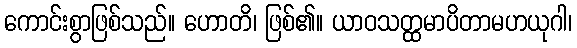
ကောင်းစွာဖြစ်သည်။ ဟောတိ၊ ဖြစ်၏။ ယာဝသတ္ထမာပိတာမဟယုဂါ၊